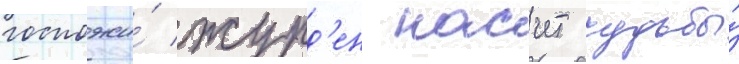
госпожи́ журд'ен насчет судьбы́